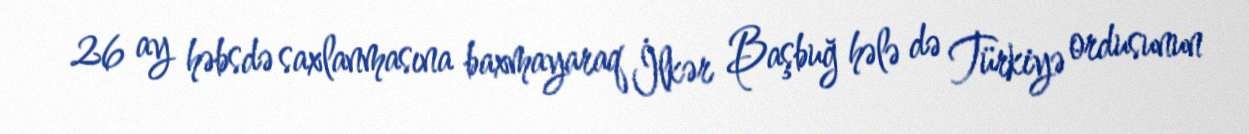
26 ay həbsdə saxlanmasına baxmayaraq İlkər Başbuğ hələ də Türkiyə ordusunun